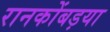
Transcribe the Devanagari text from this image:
रानकोंबड़या